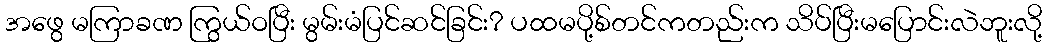
အဖွေ မကြာခဏ ကြွယ်ဝပြီး မွမ်းမံပြင်ဆင်ခြင်း? ပထမပို့စ်တင်ကတည်းက သိပ်ပြီးမပြောင်းလဲဘူးလို့